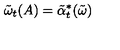
\tilde { \omega } _ { t } ( A ) = \tilde { \alpha } _ { t } ^ { * } ( \tilde { \omega } )